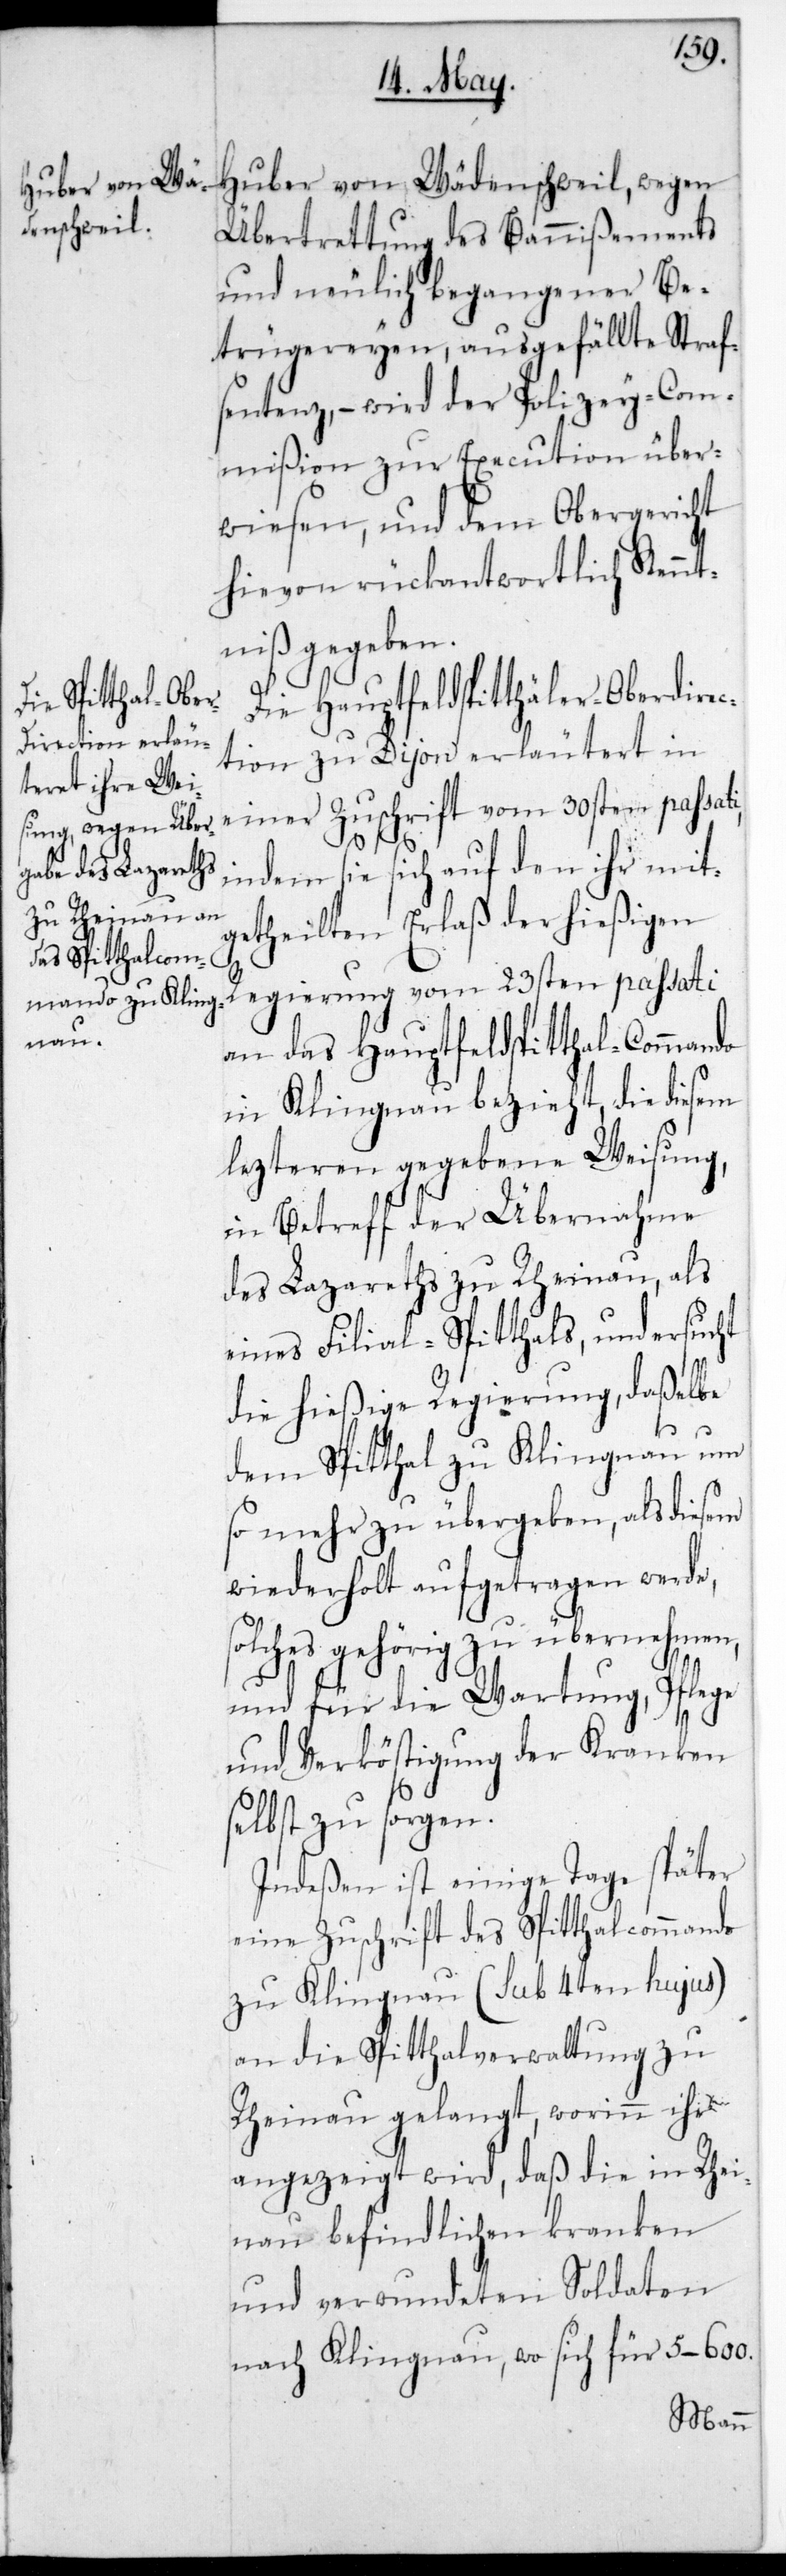
Huber von Wädenschweil, wegen
Übertretung des Bannißements
und neulich begangener Be¬
triegereien, ausgefällte Straf¬
sentenz, – wird der Polizey-Com¬
mißion zur Execution über¬
wiesen, und dem Obergericht
hievon rückantwortlich Kennt¬
niß gegeben.
Die Hauptfeldspitthäler-Oberdirec¬
tion zu Dijon erläutert in
einer Zuschrift vom 30sten passati
indem sie sich auf den ihr mit¬
getheilten Erlaß der hießigen
Regierung vom 23sten passati
an das Hauptfeldspitthal-Commando
in Klingnau bezieht, die diesem
letzteren gegebene Weisung,
in Betreff der Übernahme
des Lazareths zu Rheinau, als
eines Filial-Spitthals, und ersucht
die hießige Regierung, daßelbe
dem Spitthal zu Klingnau um
so mehr zu übergeben, als diesem
wiederholt aufgetragen werde,
solches gehörig zu übernehmen,
und für die Wartung, Pflege
und Verköstigung der Kranken
selbst zu sorgen.
Indeßen ist einige Tage später
eine Zuschrift des Spitthalcommando
zu Klingnau (sub 4ten hujus)
an die Spitthalverwaltung zu
Rheinau gelangt, worinn ihr
angezeigt wird, daß die in Rhei¬
nau befindlichen Kranken
und verwundeten Soldaten
nach Klingnau, wo sich für 5-600.